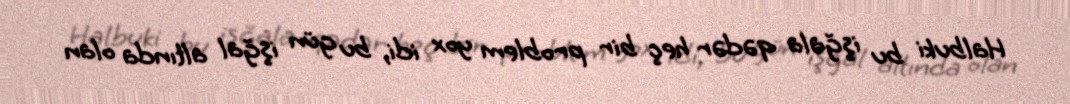
Halbuki bu işğala qədər heç bir problem yox idi, bu gün işğal altında olan